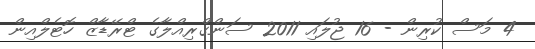
4 މަސް ކުރިން - 16 ޖުލައި 2011 ސަންގްރިއްލާގެ ޓްރޭޑާޒް ހޮޓެލްއިން